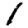
Digit: 1